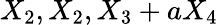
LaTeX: X_{2},X_{2},X_{3}+aX_{4}